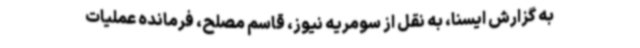
به گزارش ایسنا، به نقل از سومریه نیوز، قاسم مصلح، فرمانده عملیات